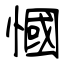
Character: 慖